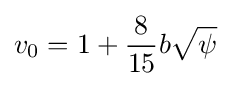
v_{0}=1+{\frac {8}{15}}b{\sqrt {\psi }}